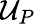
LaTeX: {\cal U}_{P}